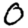
Digit: 0